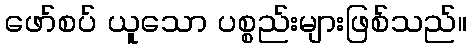
ဖော်စပ် ယူသော ပစ္စည်းများဖြစ်သည်။